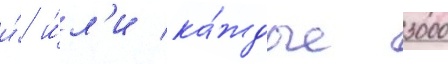
и́/ и́л'и ка́ждые 3000